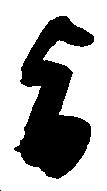
旨